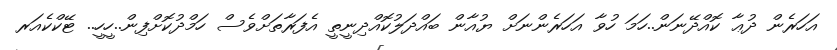
އަހަރެން ދުޢާ ކޮއްދޭނަން..ހަމަ ހުވާ އަހަރެންނަށް ޔުއާން ބައްދަލުކޮއްދިނީތީ އެފަރާތަށްވެސް ހަމްދުކޮށްފިން..ހީހީ.. ޓޭކްކެއަރ